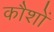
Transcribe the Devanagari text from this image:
कौशों